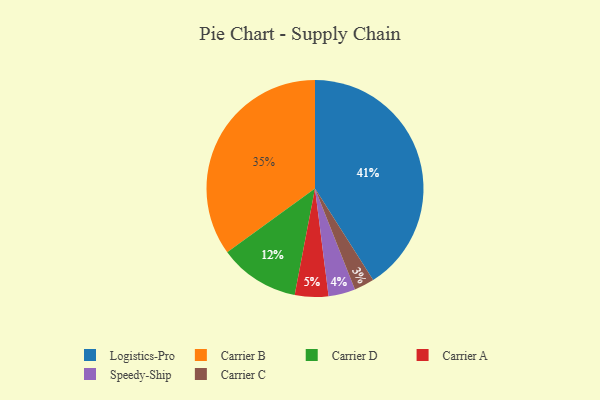
{"axis": {"x": "Category", "y": "Percentage"}, "legend": ["Carrier A", "Carrier B", "Carrier C", "Carrier D", "Logistics-Pro", "Speedy-Ship"], "data": [{"x": "Logistics-Pro", "y": 41, "type": "Logistics-Pro"}, {"x": "Carrier C", "y": 3, "type": "Carrier C"}, {"x": "Carrier D", "y": 12, "type": "Carrier D"}, {"x": "Carrier B", "y": 35, "type": "Carrier B"}, {"x": "Carrier A", "y": 5, "type": "Carrier A"}, {"x": "Speedy-Ship", "y": 4, "type": "Speedy-Ship"}]}